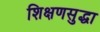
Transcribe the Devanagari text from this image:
शिक्षणसुद्धा